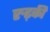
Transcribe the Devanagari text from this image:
रुढ़की